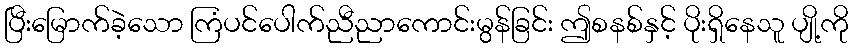
ပြီးမြောက်ခဲ့သော ကြံပင်ပေါက်ညီညာကောင်းမွန်ခြင်း ဤစနစ်နှင့် ပိုးရှိနေသူ ပျို့ကို